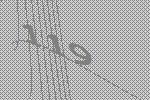
119